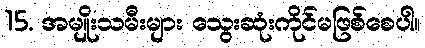
15. အမျိုးသမီးများ သွေးဆုံးကိုင်မဖြစ်စေပါ။